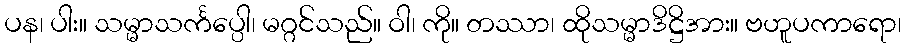
ပန၊ ပါး။ သမ္မာသင်္ကပ္ပေါ၊ မဂ္ဂင်သည်။ ဝါ၊ ကို။ တဿာ၊ ထိုသမ္မာဒိဋ္ဌိအား။ ဗဟူပကာရော၊